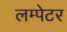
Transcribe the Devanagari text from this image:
लम्पेटर